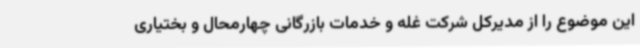
این موضوع را از مدیرکل شرکت غله و خدمات بازرگانی چهارمحال و بختیاری